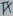
Text: TX